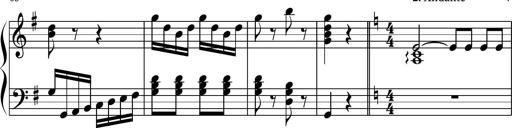
Title: Keyboard Sonatina in G
Composer: Michael Pogudin
Key: G major